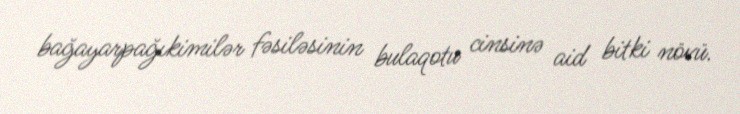
bağayarpağıkimilər fəsiləsinin bulaqotu cinsinə aid bitki növü.